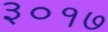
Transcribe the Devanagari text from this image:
३०१७